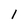
Character: 1